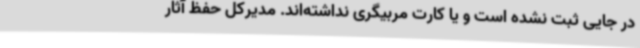
در جایی ثبت نشده است و یا کارت مربیگری نداشته‌اند. مدیرکل حفظ آثار